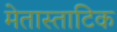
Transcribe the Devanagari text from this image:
मेतास्ताटिक